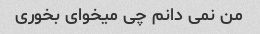
من نمی دانم چی میخوای بخوری